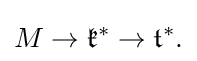
\displaystyle {M\rightarrow {\mathfrak {k}}^{*}\rightarrow {\mathfrak {t}}^{*}.}